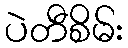
ပဲတီစိမ်း